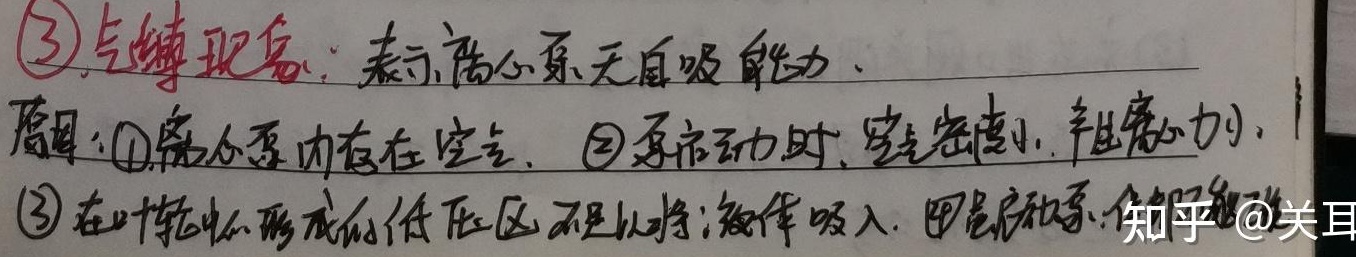
\textcircled{3} 气缚现象：表示离心泵无自吸能力。原因：\textcircled{1}离心泵内存在空气。\textcircled{2}泵启动时，空气密度小，产生离心力小。\textcircled{3}在叶轮中形成的低压区不足以将液体吸入。